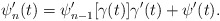
\begin{align*}\psi_n'(t)=\psi_{n-1}'[\gamma(t)]\gamma'(t)+\psi'(t).\end{align*}